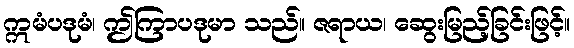
ဣမံပဒုမံ၊ ဤကြာပဒုမာ သည်။ ဇရာယ၊ ဆွေးမြည့်ခြင်းဖြင့်။